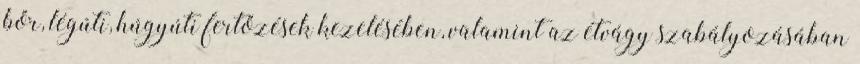
bőr, légúti, húgyúti fertőzések kezelésében, valamint az étvágy szabályozásában